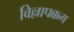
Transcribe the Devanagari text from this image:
विल्लापक्कम